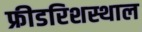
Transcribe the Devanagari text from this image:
फ्रीडरिशस्थाल